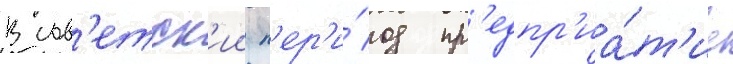
В сов'етск'ии п'ер'и́од пр'едпр'иа́т'ие